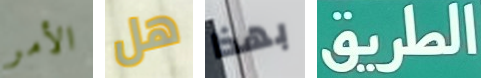
الأمر هل بهذا الطريق